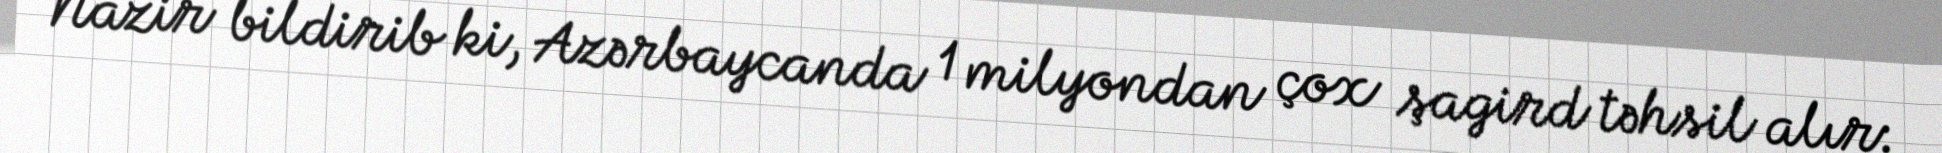
Nazir bildirib ki, Azərbaycanda 1 milyondan çox şagird təhsil alır: